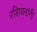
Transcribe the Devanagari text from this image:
रशियनांनी